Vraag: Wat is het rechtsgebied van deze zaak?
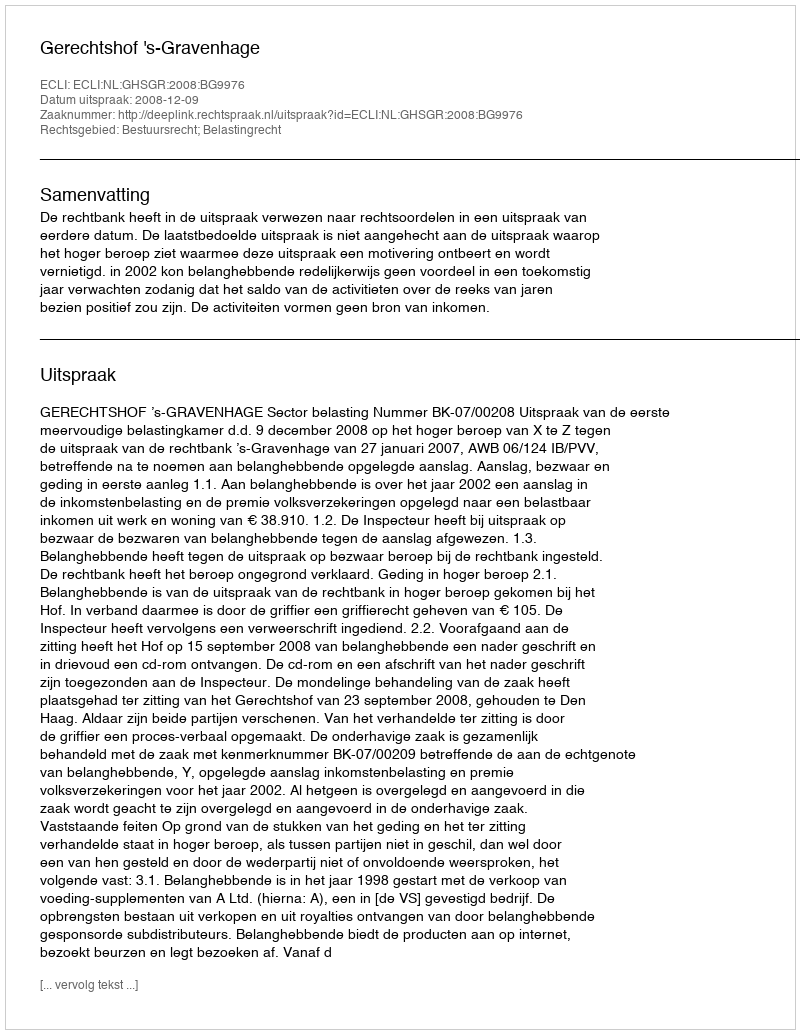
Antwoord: Bestuursrecht; Belastingrecht